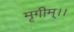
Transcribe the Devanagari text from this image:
मृगीम्।।